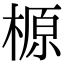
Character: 榞